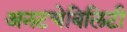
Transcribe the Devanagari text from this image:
अनटचेबिलिटी